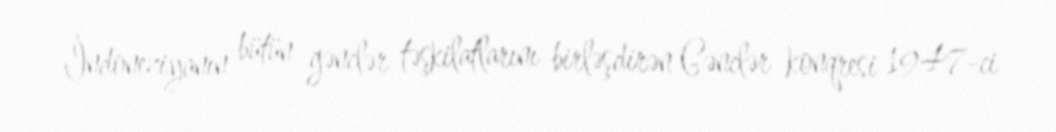
İndoneziyanın bütün gənclər təşkilatlarını birləşdirən Gənclər konqresi 1947-ci